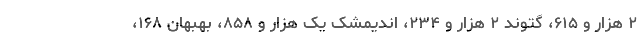
۲ هزار و ۶۱۵، گتوند ۲ هزار و ۲۳۴، اندیمشک یک هزار و ۸۵۸، بهبهان ۱۶۸،